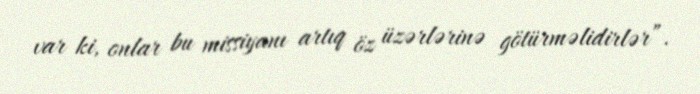
var ki, onlar bu missiyanı artıq öz üzərlərinə götürməlidirlər”.